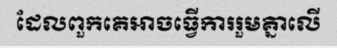
ដែលពួកគេអាចធ្វើការរួមគ្នាលើ